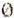
0